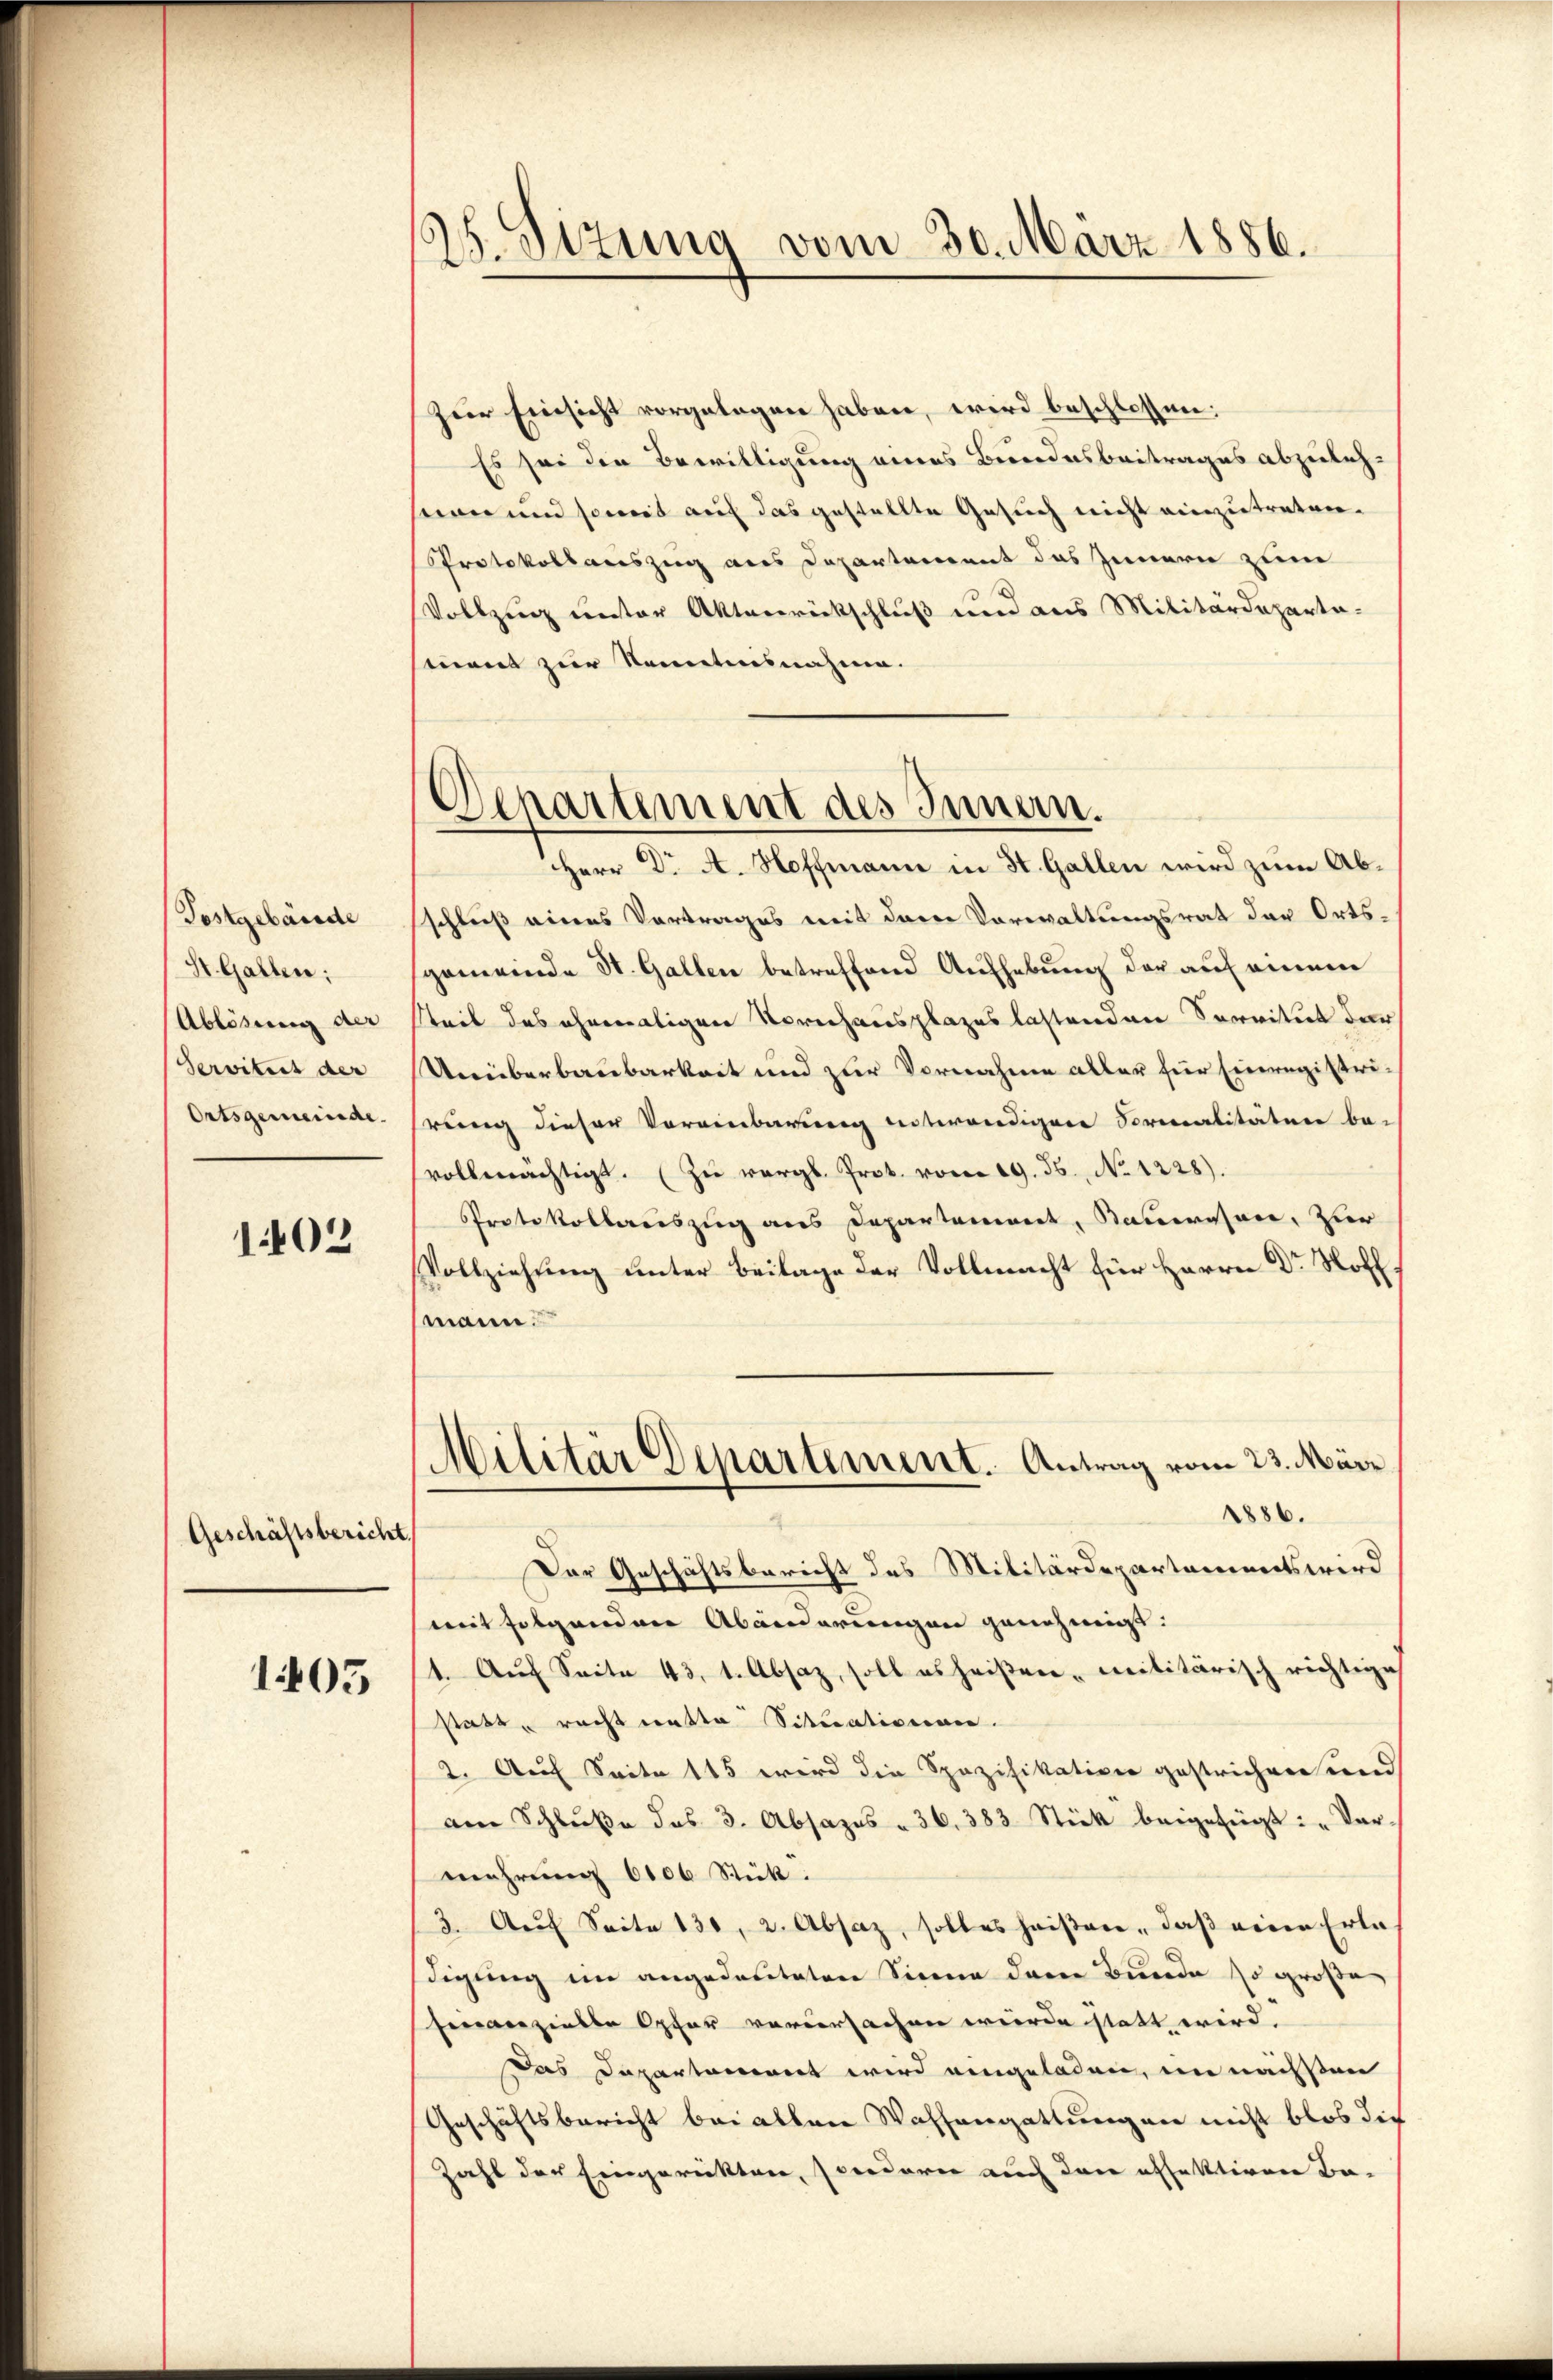
Tostgebäude
St. Gallen;
Ablösung der
Servitut der
Ortsgemeinde.

1402

Geschäftsbericht.

1405

25. Sizung vom 30. März 1886.

Denartement des Innern.

zur Einsicht vorgelegen haben, wird beschlossen:
Es sei den Bewilligung eines Bundesbeitrages abzuleh-
see und soweit auf das gestellte Gesuch nicht einzutreten.
Protokollauszug aus Departement das Innern zum
Vollzug unter Aktenrückschluß und aus Militärdeparta-
mant zur Kenntnisnahme.
Herr Dr A. Hoffmann in St. Gallen wird zum Abschließ eines Vortrages mit derer Vorwaltungsrat der Ortsgemeinde St. Gallen betreffend Aufhebung der auf einem
steil des ehemaligen Vorschausplazes lastenden Servitut dar
Unüberbaubarkeit und zur Vornahme aller für Einregistrirung dieser Voreinbarung entwendigere Formalitätere be-
vollmächtigt. (Zu vergl. Prot. vom 19. ds., No. 1228).
Protokollauszug aus Departement, Bauwesen, zur
Vollziehung unter Beilage der Vollmacht für Herrn Dr Hoff
mann.
Militär Departement. Antrag vom 23. März
1886.
Der Geschäftsbericht des Militärdepartaminets wird
mit folgenden Abänderungen genehmigt.
1. Aŭf Seite 43. 1. Absaz, soll es heißen militärisch richtige
statt recht nette Situationen.
2. Auf Seite 115 wird die Spazifikation gestrichen und
am Schlŭβe des 3. Absages - 36. 383 Stick beigefügt: „Ver-
mehrung 6106 Stück.
3. Aŭf Seite 130, 2. Absaz, solles heiβen, daβ einen Erla
digung im angedactatere Sinne der Bunde so große
Einverzielle Opfer verursachen wurde statt wird.
Das Departament wird eingeladen, im nächsten
Geschäftsbericht bei allen Waffengattungen nicht blos die
Zahl der Eingerückten, sonderer auch dann offektiven Ba-